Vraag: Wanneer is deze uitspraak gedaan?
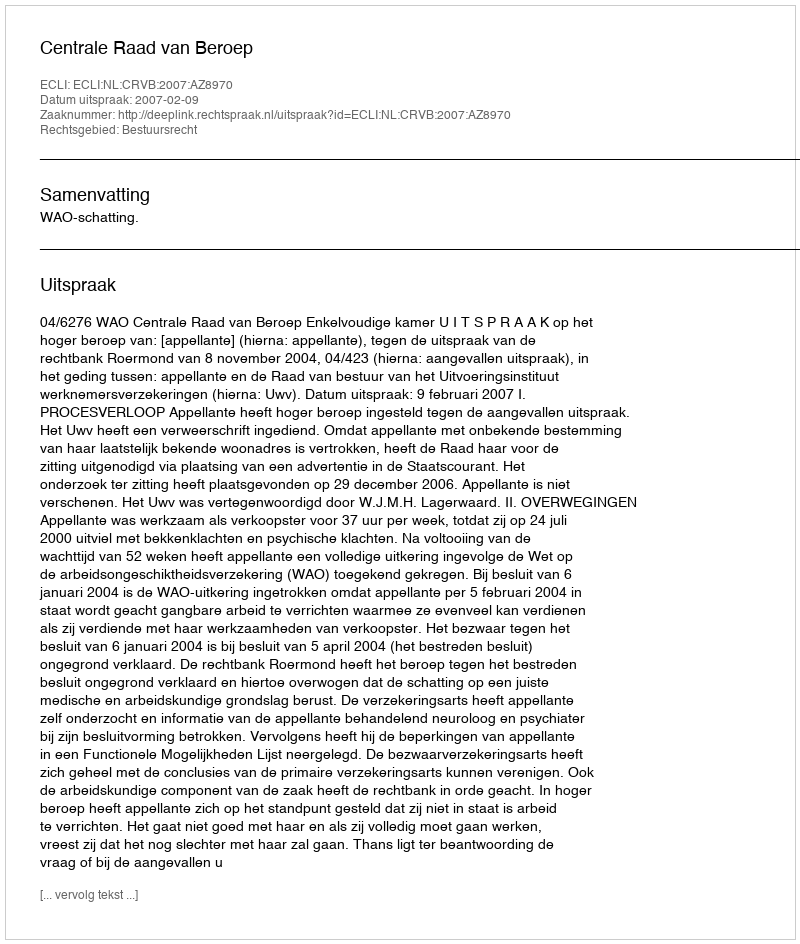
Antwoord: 2007-02-09